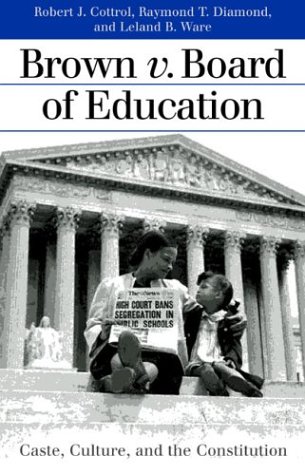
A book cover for Brown v. Board of Education: Caste, Culture, and the Constitution (Landmark Law Cases and American Society); Robert J. Cottrol; Law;